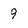
Character: 9